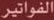
الفواتير